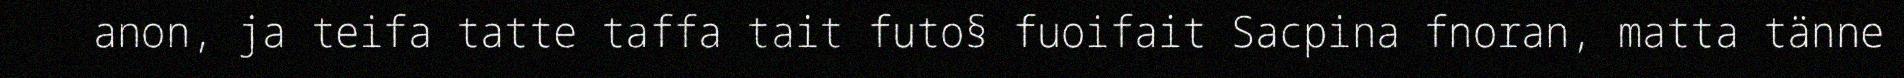
anon, ja teifa tatte taffa tait futo§ fuoifait Sacpina fnoran, matta tänne